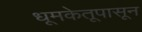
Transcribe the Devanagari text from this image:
धूमकेतूपासून